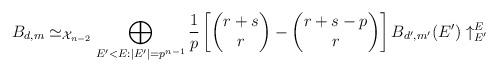
LaTeX: \begin{align*} B_{d,m} \simeq_{\mathcal{X}_{n-2}} \bigoplus_{E'<E: |E'|=p^{n-1}} \frac{1}{p}\left[ \begin{pmatrix} r+s \\ r \end{pmatrix} - \begin{pmatrix} r+s-p \\ r \end{pmatrix}\right] B_{d',m'}(E') \uparrow_{E'}^E \end{align*}